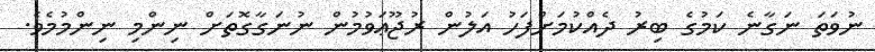
ނުވަތަ ނަގާނެ ކަމުގެ ބިރު ދެއްކުމަށްފަހު އަލުން ރުޖޫޢަވުމުން ނުނަގާގޮތަށް ނިންމި ނިންމުމެވެ.